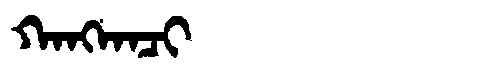
Manchu: ᡴᠠᠩᡴᠠᠴᡳ
Romanization: KANGKACI